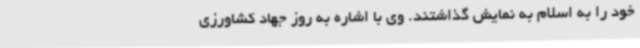
خود را به اسلام به نمایش گذاشتند. وی با اشاره به روز جهاد کشاورزی